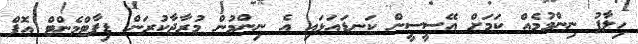
ހިލާފު ނިންމުމެއް ކަމަށް އޭސީސީން ކަނޑައަޅައި އެ ނިންމުން މުރާޖާކުރަން ޑިޕާޓްމެންޓް އޮފް